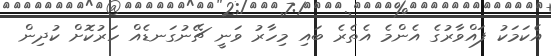
އެކަމަކު ފައްވާރުގެ އެންމެ އެތެރެ ބައި މިހާރު ވަނީ ޗޭނުގަނޑެއް ހަރުކޮށް ކުދިން